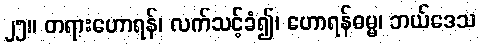
၂၅။ တရားဟောရန်၊ လက်သင့်ခံ၍၊ ဟောရန်ဓမ္မ၊ ဘယ်ဒေသ